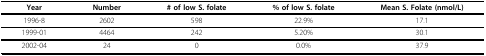
| Year | Number | # of low S. folate | % of low S. folate | Mean S. Folate (nmol/L) |
 | --- | --- | --- | --- | --- |
 | 1996-8 | 2602 | 598 | 22.9% | 17.1 |
 | 1999-01 | 4464 | 242 | 5.20% | 30.1 |
 | 2002-04 | 24 | 0 | 0.0% | 37.9 |